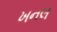
ખનલ